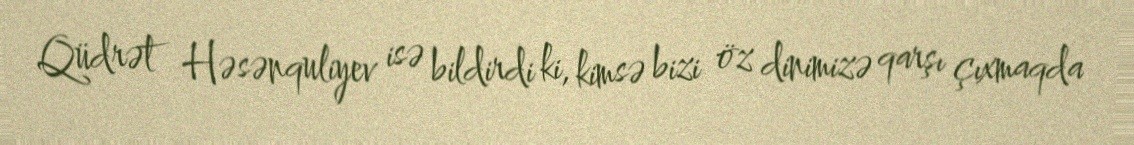
Qüdrət Həsənquliyev isə bildirdi ki, kimsə bizi öz dinimizə qarşı çıxmaqda